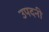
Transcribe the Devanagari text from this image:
उपदनी